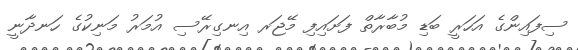
ސިފައިންގެ އަހަރީ ބަޑި މުބާރާތް ފަށައިފި މޭޖަރ އިނގިރޭސި އުމަރު މަނިކުގެ ހަނދާނީ